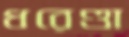
ধরেণ্ডা